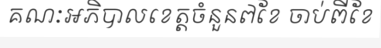
គណៈអភិបាលខេត្តចំនួន៧ខែ ចាប់ពីខែ